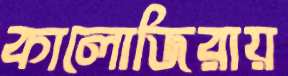
কালোজিরায়